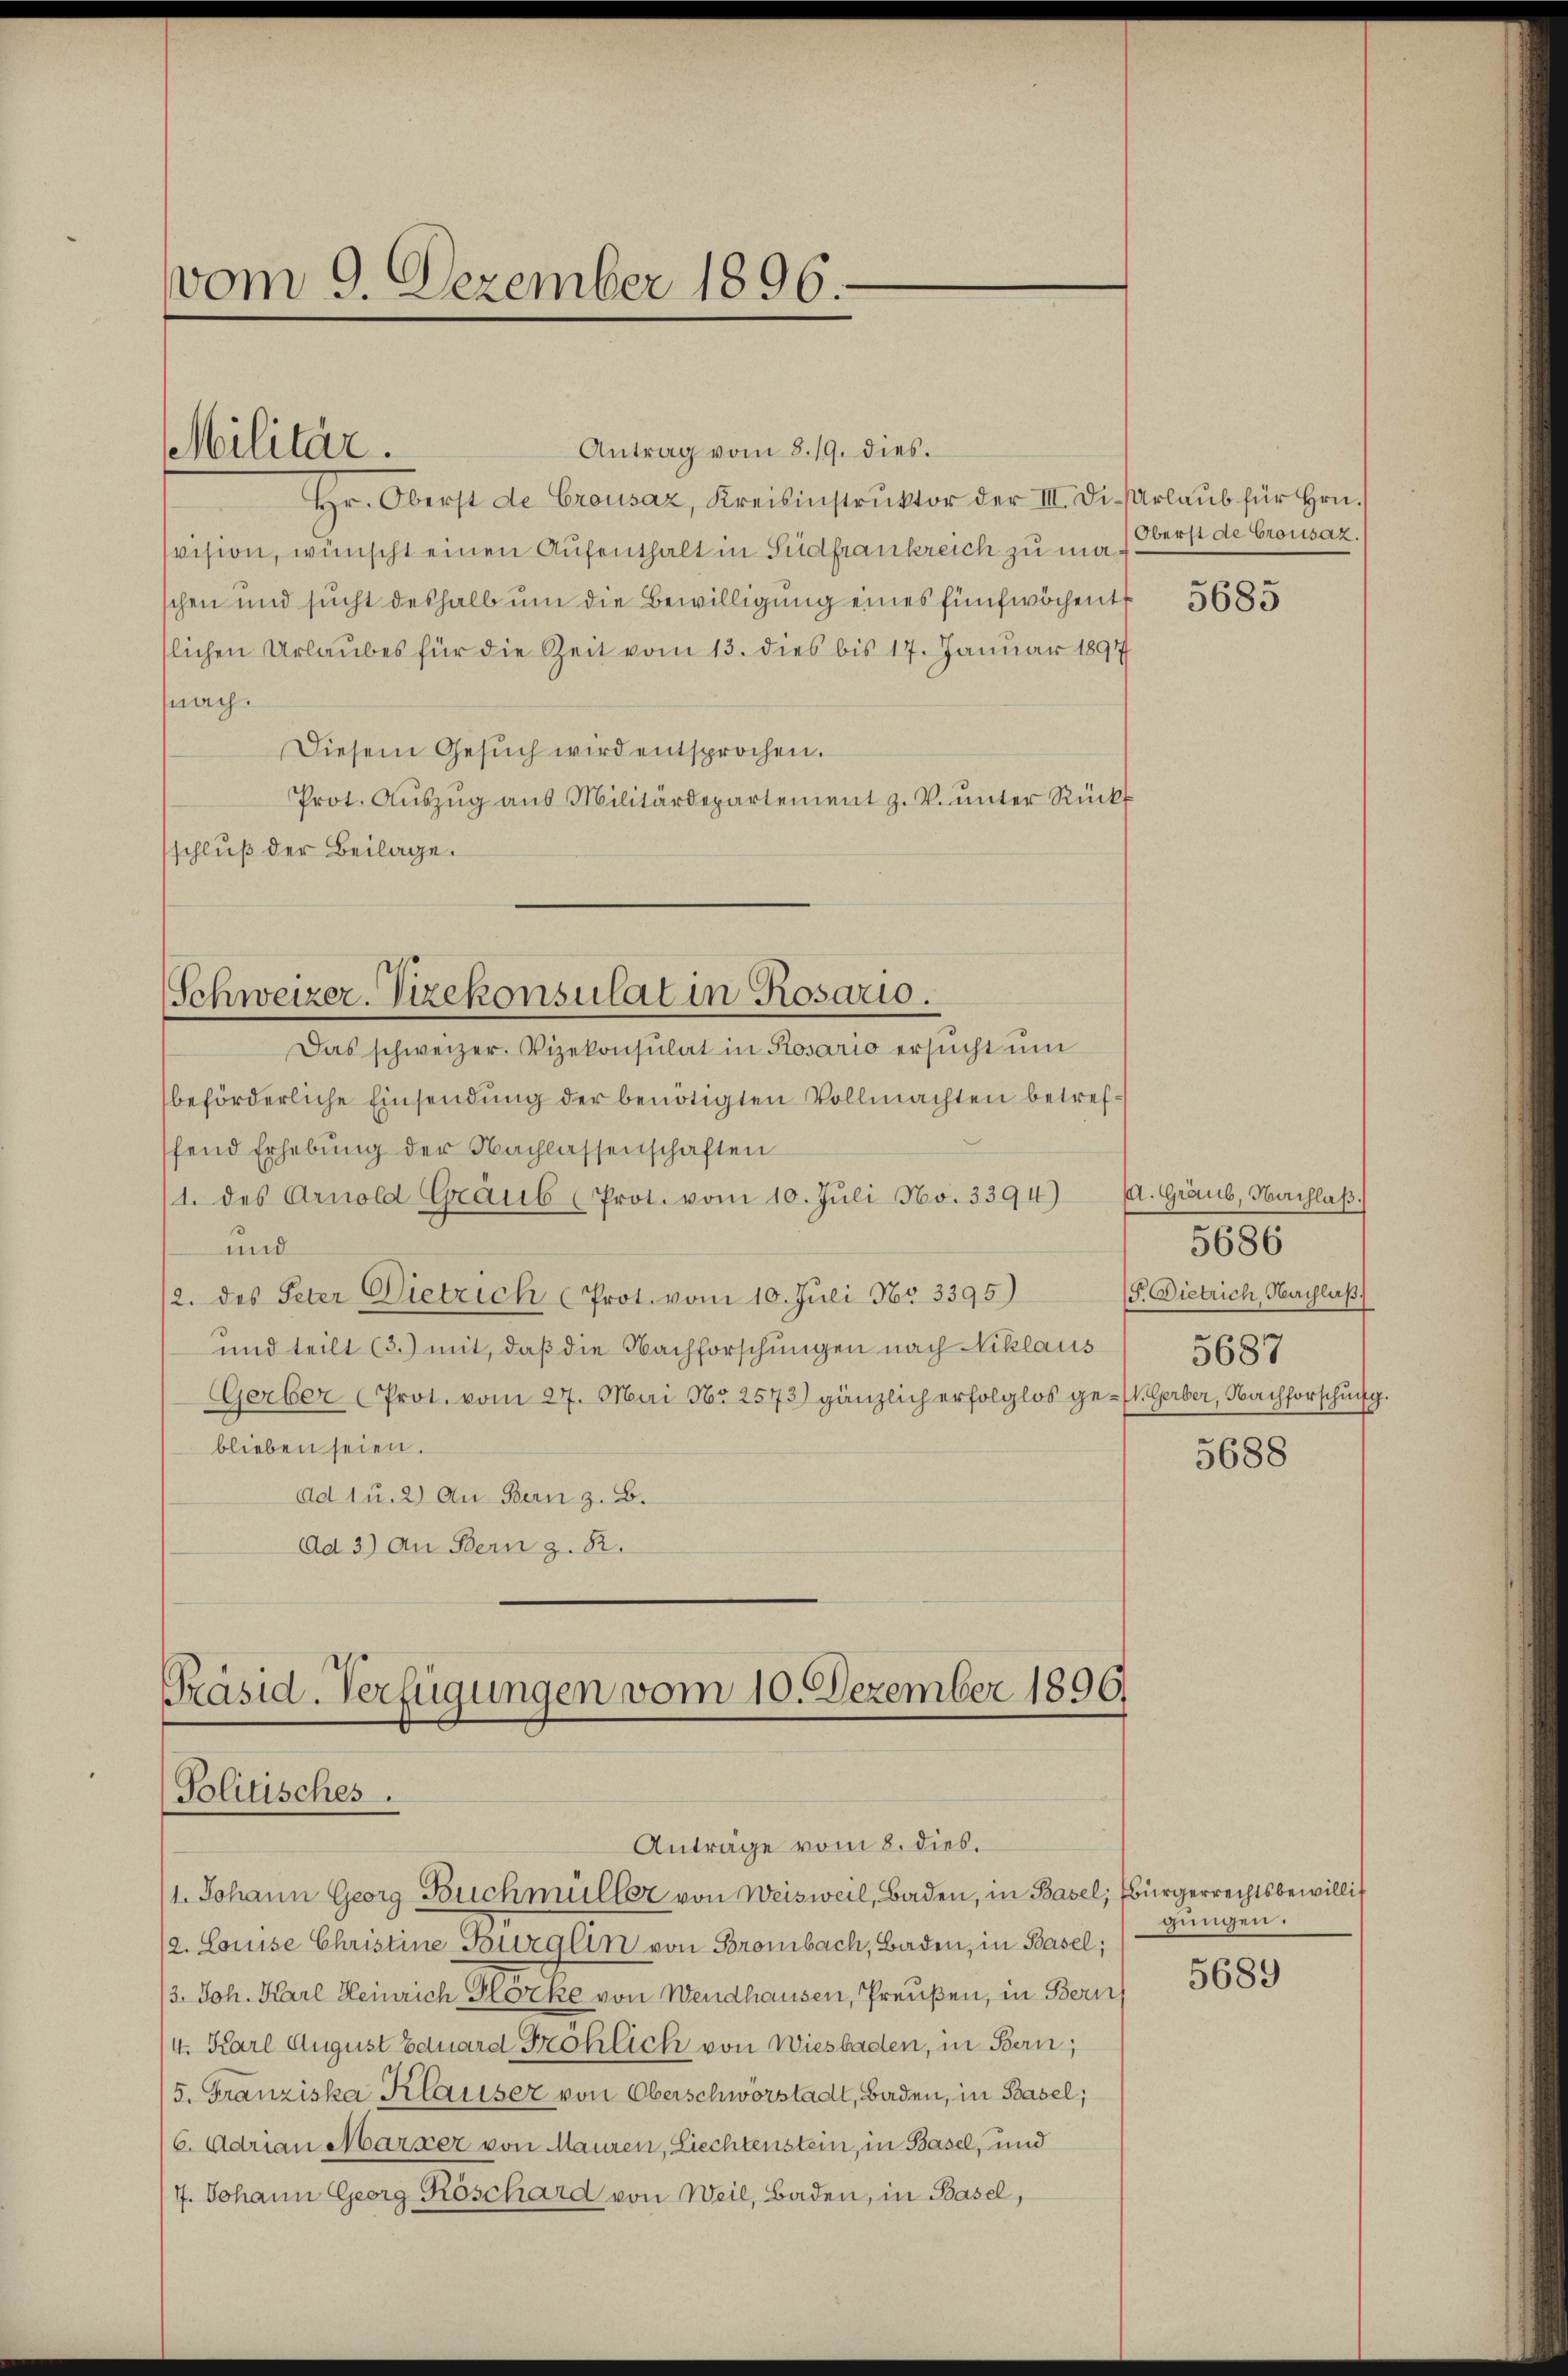
beförderliche Einsendung der benötigten Vollmachten betrefffend Erhebung der Nachlassenschaften
1. des Arnold Graub (Prot. vom 10. Jŭli No. 3394) d. Graub, Nachlaβ.
und
12. des Peter Dietrich (Prot. vom 10. Juli Nr. 3395)
und teilt (3.) mit, daß die Nachforschungen nach Niklaus
Gerber (Prot. vom 27. Mai No 2573) gänzlich erfolglos ge- Gerber, Nachforschung.
blieben seien.
ad 1 u. 2) An Bern z. B.
Ad 3) An Bern z. B.

vom 9. Dezember 1896.

Militär.

Schweizer. Vizekonsulat in Rosario.
Das schweizer. Vizekonsulat in Rosario ersucht um

Präsid. Verfügungen vom 10. Dezember 1896
Politisches.

Antrag vom 8. 19. dies.
Hr. Oberst de Crousaz, Kreisinstruktor der III. Die Urlaub für Hrn.
svision, wünscht einen Aufenthalt in Südfrankreich zu ma Oberst de Crousaz.
schen und sucht deshalb um die Bewilligung eines fünfwöchente
slichen Urlaubes für die Zeit vom 13. dies bis 17. Januar 1897
nach.
Diesem Gesŭch wird entsprochen.
Prot. Aŭszŭg aŭs Militärdepartement z. V. ŭnter Rück
schluß der Beilage.

Anträge vom 8. dies.
/1. Johann Georg Buchmüller von Weisweil, Baden, in Basel, Bürgerrechtsbewillig
2. Louise Christine Burgen von Brombach, Baden, in Basel;
3. Joh. Karl Heinrich Horke von Wendhausen, Preußen, in Bern
/4. Karl August Eduard Fröhlich von Wiesbaden, in Bern;
5. Franziska Klauser von Oberschwörstadt, Baden, in Basel;
6. Adrian Marzer von Mauren, Liechtenstein, in Basel, und
7. Johann Georg Roschard von Weil, Baden, in Basel,

5685

5686
(S. Dietrich, Nachlaß.
5687

5688

gungen.

5689